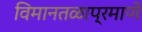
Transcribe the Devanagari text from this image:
विमानतळाप्रमाणे